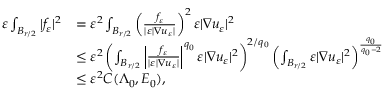
\begin{array} { r l } { \varepsilon \int _ { B _ { r / 2 } } | f _ { \varepsilon } | ^ { 2 } } & { = \varepsilon ^ { 2 } \int _ { B _ { r / 2 } } \left( \frac { f _ { \varepsilon } } { | \varepsilon | \nabla u _ { \varepsilon } | } \right) ^ { 2 } \varepsilon | \nabla u _ { \varepsilon } | ^ { 2 } } \\ & { \leq \varepsilon ^ { 2 } \left( \int _ { B _ { r / 2 } } \left| \frac { f _ { \varepsilon } } { | \varepsilon | \nabla u _ { \varepsilon } | } \right| ^ { q _ { 0 } } \varepsilon | \nabla u _ { \varepsilon } | ^ { 2 } \right) ^ { 2 / q _ { 0 } } \left( \int _ { B _ { r / 2 } } \varepsilon | \nabla u _ { \varepsilon } | ^ { 2 } \right) ^ { \frac { q _ { 0 } } { q _ { 0 } - 2 } } } \\ & { \leq \varepsilon ^ { 2 } C ( \Lambda _ { 0 } , E _ { 0 } ) , } \end{array}